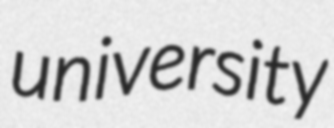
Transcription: university